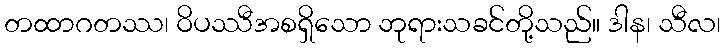
တထာဂတဿ၊ ဝိပဿီအစရှိသော ဘုရားသခင်တို့သည်။ ဒါန၊ သီလ၊